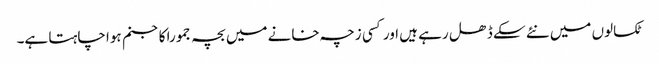
ٹکسالوں میں نئے سکے ڈھل رہے ہیں اور کسی زچہ خانے میں بچہ جمورا کاجنم ہوا چاہتا ہے۔